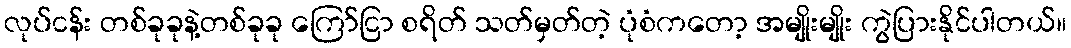
လုပ်ငန်း တစ်ခုခုနဲ့တစ်ခုခု ကြော်ငြာ စရိတ် သတ်မှတ်တဲ့ ပုံစံကတော့ အမျိုးမျိုး ကွဲပြားနိုင်ပါတယ်။